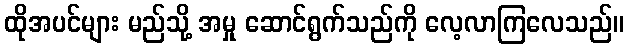
ထိုအပင်များ မည်သို့ အမှု ဆောင်ရွက်သည်ကို လေ့လာကြလေသည်။